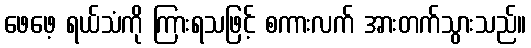
ဖေဖေ့ ရယ်သံကို ကြားရသဖြင့် စကားလက် အားတက်သွားသည်။